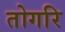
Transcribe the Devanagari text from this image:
तोगरि